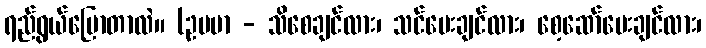
ရည်ရွယ်ပြောတာလဲ။ (ဥပမာ - သိစေချင်လား၊ သင်ပေးချင်လား၊ စေ့ဆော်ပေးချင်လား၊